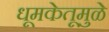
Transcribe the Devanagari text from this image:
धूमकेतूमुळे